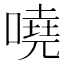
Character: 嘵